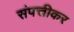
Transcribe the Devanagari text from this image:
संपत्तीकर